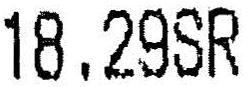
18.29SR